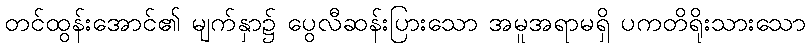
တင်ထွန်းအောင်၏ မျက်နှာ၌ ပွေလီဆန်းပြားသော အမူအရာမရှိ ပကတိရိုးသားသော